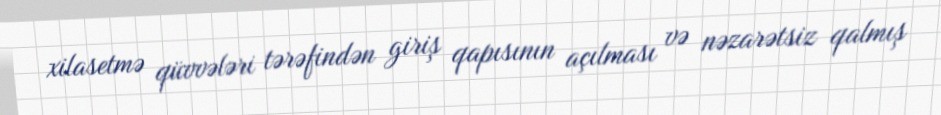
xilasetmə qüvvələri tərəfindən giriş qapısının açılması və nəzarətsiz qalmış